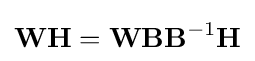
\mathbf {WH} =\mathbf {WBB} ^{-1}\mathbf {H}